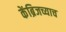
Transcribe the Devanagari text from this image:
केंब्रिजच्याच